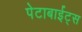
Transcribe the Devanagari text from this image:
पेटाबाईट्स